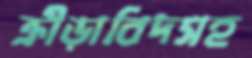
ক্রীড়াবিদসহ